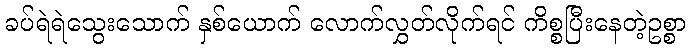
ခပ်ရဲရဲသွေးသောက် နှစ်ယောက် လောက်လွှတ်လိုက်ရင် ကိစ္စပြီးနေတဲ့ဥစ္စာ